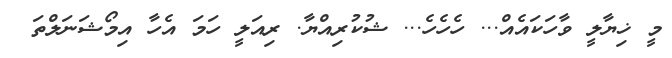
މީ ޚިޔާލީ ވާހަކައެއް... ހެހެހެ... ޝުކުރިއްޔާ. ރިއަލީ ހަމަ އެހާ އިމޯޝަނަލްތަ